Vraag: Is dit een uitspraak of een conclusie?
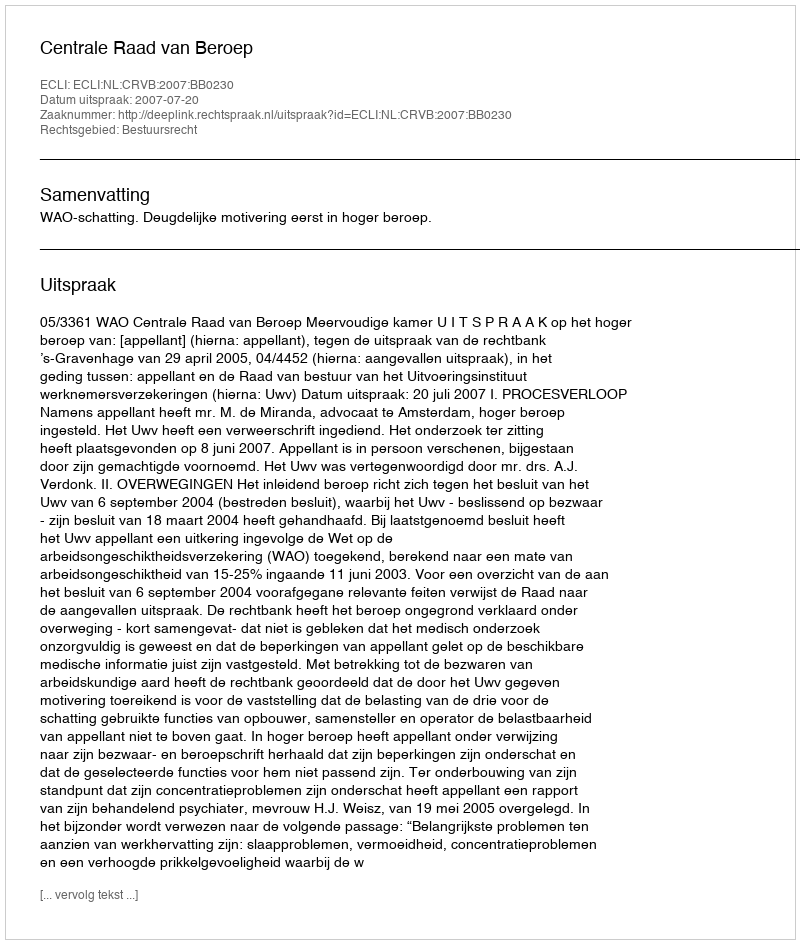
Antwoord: Uitspraak